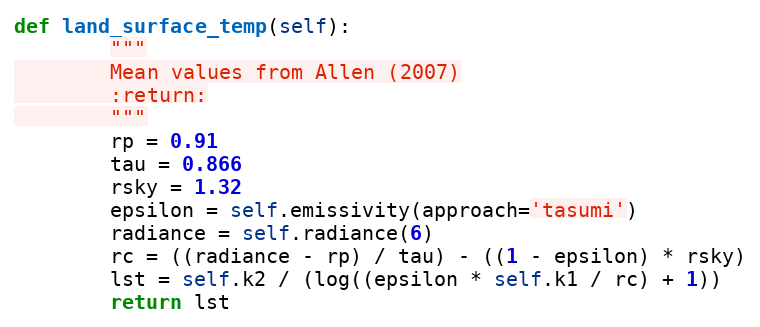
Language: Python
def land_surface_temp(self):
        """
        Mean values from Allen (2007)
        :return:
        """
        rp = 0.91
        tau = 0.866
        rsky = 1.32
        epsilon = self.emissivity(approach='tasumi')
        radiance = self.radiance(6)
        rc = ((radiance - rp) / tau) - ((1 - epsilon) * rsky)
        lst = self.k2 / (log((epsilon * self.k1 / rc) + 1))
        return lst